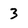
Character: 3